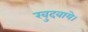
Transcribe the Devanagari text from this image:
खुदवाये।